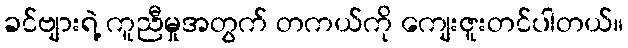
ခင်ဗျားရဲ့ ကူညီမှုအတွက် တကယ်ကို ကျေးဇူးတင်ပါတယ်။